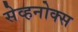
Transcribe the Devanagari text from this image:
सेव्हनोक्स